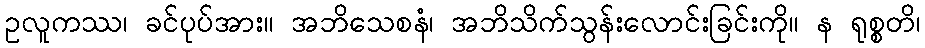
ဥလူကဿ၊ ခင်ပုပ်အား။ အဘိသေစနံ၊ အဘိသိက်သွန်းလောင်းခြင်းကို။ န ရုစ္စတိ၊